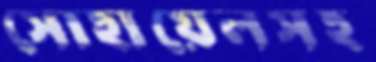
সোহায়েলসহ